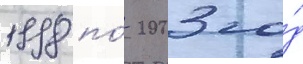
1998 по́ 2003 го́д